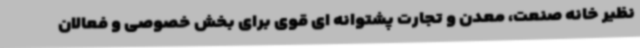
نظیر خانه صنعت، معدن و تجارت پشتوانه ای قوی برای بخش خصوصی و فعالان